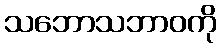
သဘောသဘာဝကို